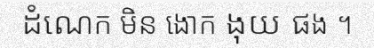
ដំណេក មិន ងោក ងុយ ផង ។